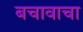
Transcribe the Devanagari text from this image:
बचावाचा